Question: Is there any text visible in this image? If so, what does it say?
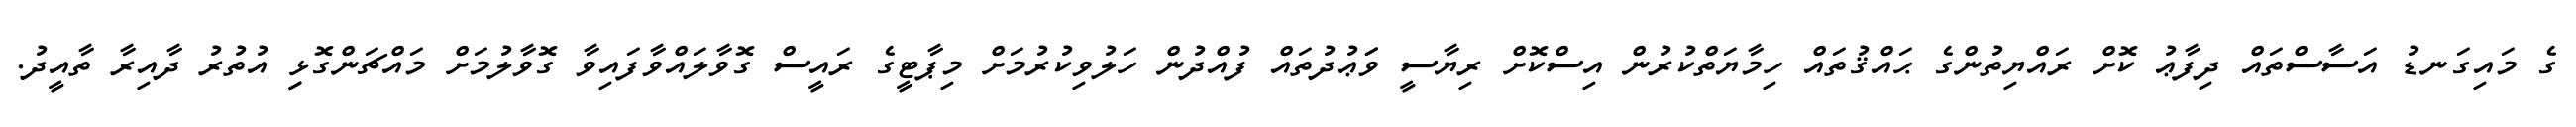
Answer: ގެ މައިގަނޑު އަސާސްތައް ދިފާޢު ކޮށް ރައްޔިތުންގެ ޙައްޤުތައް ހިމާޔަތްކުރުން އިސްކޮށް ރިޔާސީ ވަަޢުދުތައް ފުއްދުން ހަލުވިކުރުމަށް މިޕާޓީގެ ރައީސް ގޮވާލައްވާފައިވާ ގޮވާލުމަށް މައްޗަންގޮޅިި އުތުރު ދާއިރާ ތާއީދު.